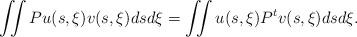
LaTeX: \begin{align*} \iint Pu(s,\xi) v(s,\xi) ds d\xi = \iint u(s,\xi) P^tv(s,\xi) ds d\xi . \end{align*}